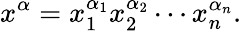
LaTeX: x^{\alpha}=x_{1}^{\alpha_{1}}x_{2}^{\alpha_{2}}\cdots x_{n}^{\alpha_{n}}.